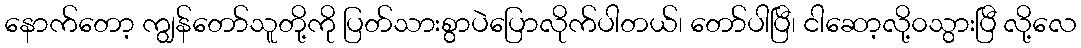
နောက်တော့ ကျွန်တော်သူတို့ကို ပြတ်သားစွာပဲပြောလိုက်ပါတယ်၊ တော်ပါပြီ၊ ငါဆော့လို့၀သွားပြီ လို့လေ